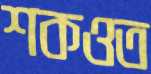
শকওত